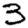
Digit: 3